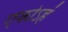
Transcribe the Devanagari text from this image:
एकोऽहं